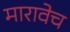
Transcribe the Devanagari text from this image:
मारावेच